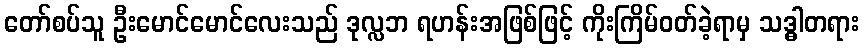
တော်စပ်သူ ဦးမောင်မောင်လေးသည် ဒုလ္လဘ ရဟန်းအဖြစ်ဖြင့် ကိုးကြိမ်ဝတ်ခဲ့ရာမှ သဒ္ဓါတရား